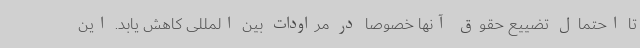
تا احتمال تضییع حقوق آنها خصوصا در مراودات بین المللی کاهش یابد. این